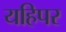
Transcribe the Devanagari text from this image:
यहिपर